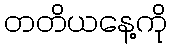
တတိယနေ့ကို